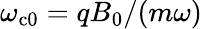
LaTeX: \omega_{\mathrm{c}0}=qB_{0}/(m\omega)